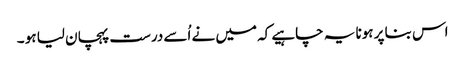
اس بنا پر ہونا یہ چاہیے کہ میں نے اُسے درست پہچان لیا ہو ۔